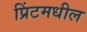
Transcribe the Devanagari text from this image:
प्रिंटमधील